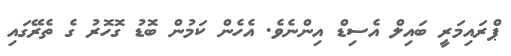
ޕްރައިމަރީ ބައިލް އެސިޑް އިންނެވެ. އެހެން ކަމުން ބޮޑު ގޮހޮރު ގެ ތެރޭގައި